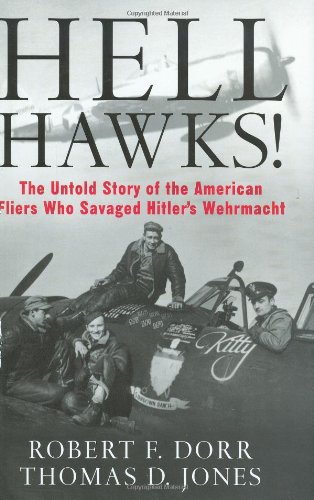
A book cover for Hell Hawks!: The Untold Story of the American Fliers Who Savaged Hitler's Wehrmacht; Robert F. Dorr; History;